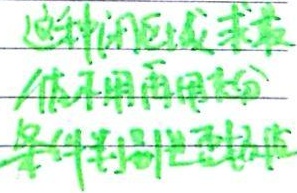
这种闭区域求体不用再用积分条件判别它是否单